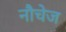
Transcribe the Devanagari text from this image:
नौचेज